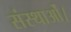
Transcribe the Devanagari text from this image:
संस्थाओं।